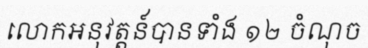
លោកអនុវត្តន៍បានទាំង ១២ ចំណុច